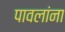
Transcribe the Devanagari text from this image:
पावलांना